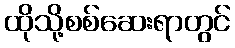
ထိုသို့စစ်ဆေးရာတွင်